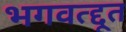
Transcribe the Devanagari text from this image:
भगवत्द्दूत